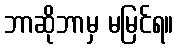
ဘာဆိုဘာမှ မမြင်ရ။